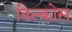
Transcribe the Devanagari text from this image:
विल्कोस